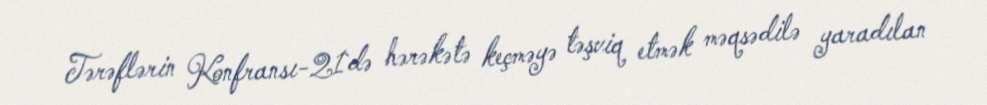
Tərəflərin Konfransı-21`də hərəkətə keçməyə təşviq etmək məqsədilə yaradılan